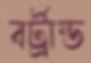
বর্ট্রান্ড